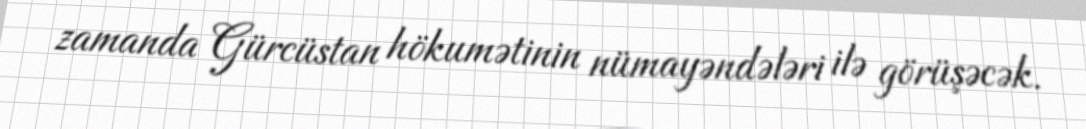
zamanda Gürcüstan hökumətinin nümayəndələri ilə görüşəcək.